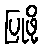
ပြုဖို့